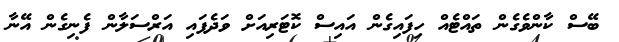
ބޭސް ކާންވެގެން ތައްޓެއް ހިފައިގެން އައިސް ކޮޓަރިއަށް ވަދެފައި އަރްސަލާން ފެނިގެން އޭނާ